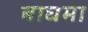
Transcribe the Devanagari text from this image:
बाघमा